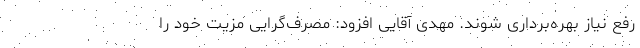
رفع نیاز بهره‌برداری شوند. مهدی آقایی افزود: مصرف‌گرایی مزیت خود را